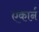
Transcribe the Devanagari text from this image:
एकार्न